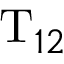
\mathrm { T } _ { 1 2 }